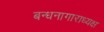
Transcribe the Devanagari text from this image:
बन्धनागाराध्यक्ष